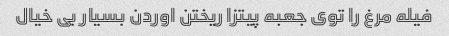
فیله مرغ را توی جعبه پیتزا ریختن اوردن بسیار بی خیال